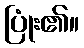
ပြုံး၏။